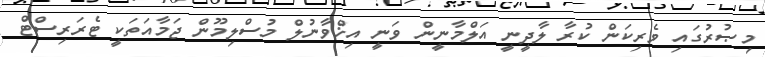
މިޞުރުގައި ވެރިކަން ކުރާ ލާދީނީ އަލްމާނީން ވަނީ އިޚްވާނުލް މުސްލިމޫން ޖަމާއަތަކީ ޓެރަރިސްޓް